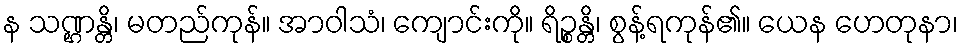
န သဏ္ဌန္တိ၊ မတည်ကုန်။ အာဝါသံ၊ ကျောင်းကို။ ရိဉ္စန္တိ၊ စွန့်ရကုန်၏။ ယေန ဟေတုနာ၊